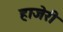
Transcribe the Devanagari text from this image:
हाजेरी